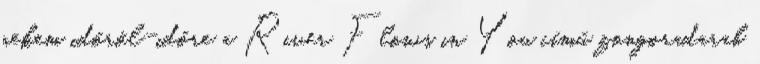
nekem időről-időre a River Flows in You című zongoradarab